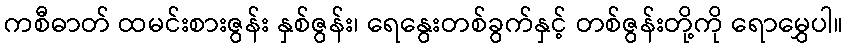
ကစီဓာတ် ထမင်းစားဇွန်း နှစ်ဇွန်း၊ ရေနွေးတစ်ခွက်နှင့် တစ်ဇွန်းတို့ကို ရောမွှေပါ။